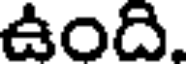
ఉంది.